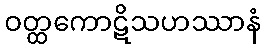
ဝတ္ထကောဋိသဟဿာနံ